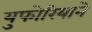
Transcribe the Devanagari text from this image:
युफोरियाने